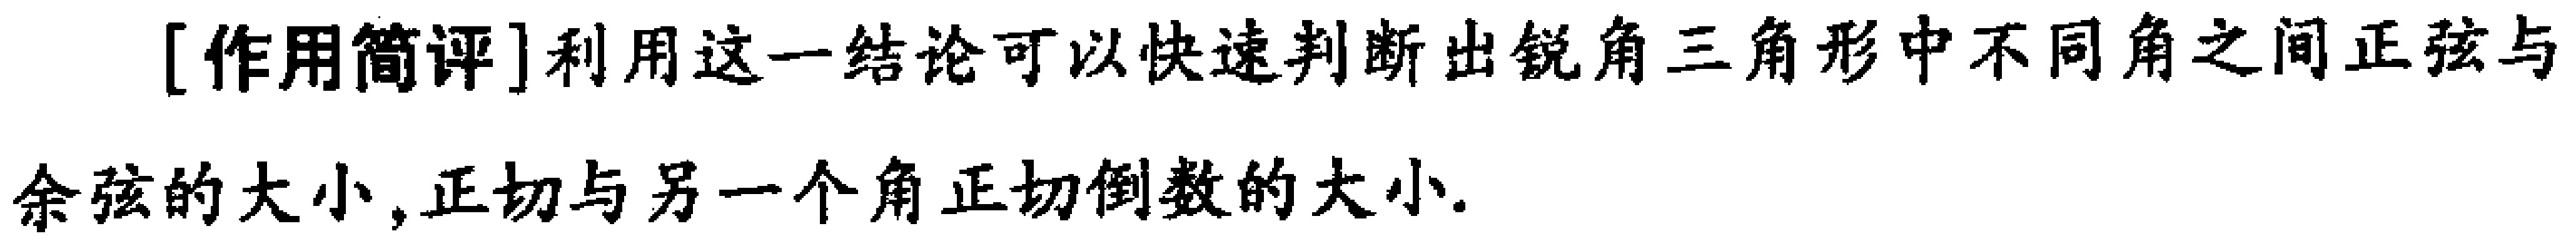
[作用简评]利用这一结论可以快速判断出锐角三角形中不同角之间正弦与余弦的大小,正切与另一个角正切倒数的大小.